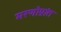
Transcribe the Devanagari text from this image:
मरणोप्रांत